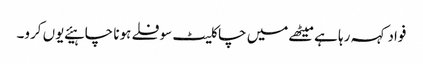
فواد کہہ رہا ہے میٹھے میں چاکلیٹ سوفلے ہونا چاہیئے یوں کرو۔